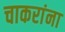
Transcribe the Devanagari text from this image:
चाकरांना